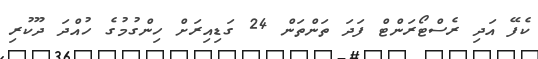
ކެފޭ އަދި ރެސްޓޯރަންޓް ފަދަ ތަންތަން 24 ގަޑިއިރަށް ހިންގުމުގެ ހުއްދަ ދޫކުރި